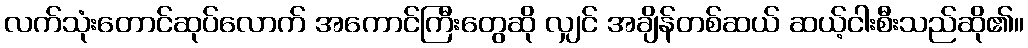
လက်သုံးတောင်ဆုပ်လောက် အကောင်ကြီးတွေဆို လျှင် အချိန်တစ်ဆယ် ဆယ့်ငါးစီးသည်ဆို၏။